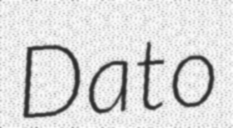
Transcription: Dato